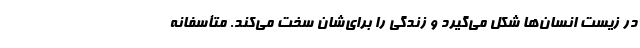
در زیست انسان‌ها شکل می‌گیرد و زندگی را برای‌شان سخت می‌کند. متأسفانه